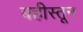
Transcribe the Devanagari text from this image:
बहीस्तून